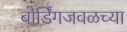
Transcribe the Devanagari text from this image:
बोर्डिंगजवळच्या